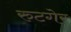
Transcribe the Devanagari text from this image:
रुटगेर